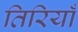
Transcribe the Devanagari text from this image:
तिरियाँ